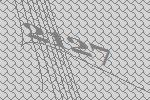
2127